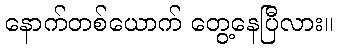
နောက်တစ်ယောက် တွေ့နေပြီလား။